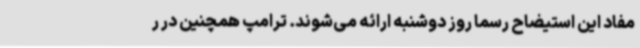
مفاد این استیضاح رسما روز دوشنبه ارائه می‌شوند. ترامپ همچنین در ر